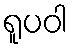
ရူပဝါ